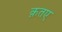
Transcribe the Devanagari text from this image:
क़तए